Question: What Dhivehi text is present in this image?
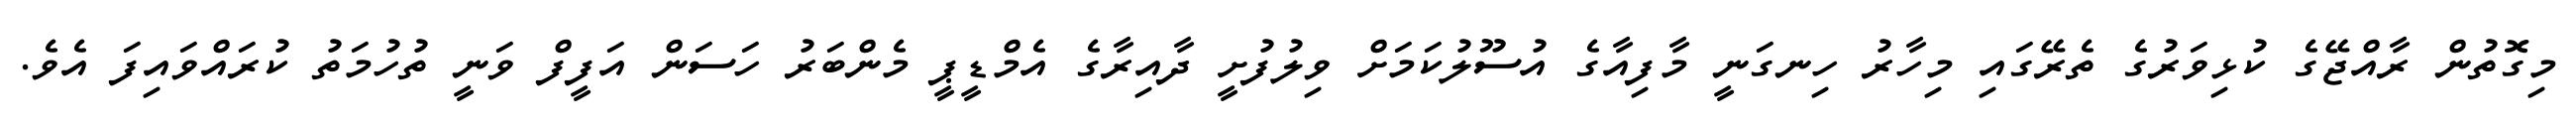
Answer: މިގޮތުން ރާއްޖޭގެ ކުޅިވަރުގެ ތެރޭގައި މިހާރު ހިނގަނީ މާފިއާގެ އުސޫލުކަމަށް ވިލުފުށީ ދާއިރާގެ އެމްޑީޕީ މެންބަރު ހަސަން އަފީފް ވަނީ ތުހުމަތު ކުރައްވައިފަ އެވެ.